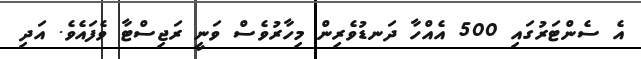
އެ ސެންޓަރުގައި 500 އެއްހާ ދަނޑުވެރިން މިހާރުވެސް ވަނީ ރަޖިސްޓާ ވެފައެވެ. އަދި